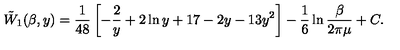
\tilde { W } _ { 1 } ( \beta , y ) = { \frac { 1 } { 4 8 } } \left[ - \frac 2 y + 2 \ln y + 1 7 - 2 y - 1 3 y ^ { 2 } \right] - \frac 1 6 \ln { \frac { \beta } { 2 \pi \mu } } + C .